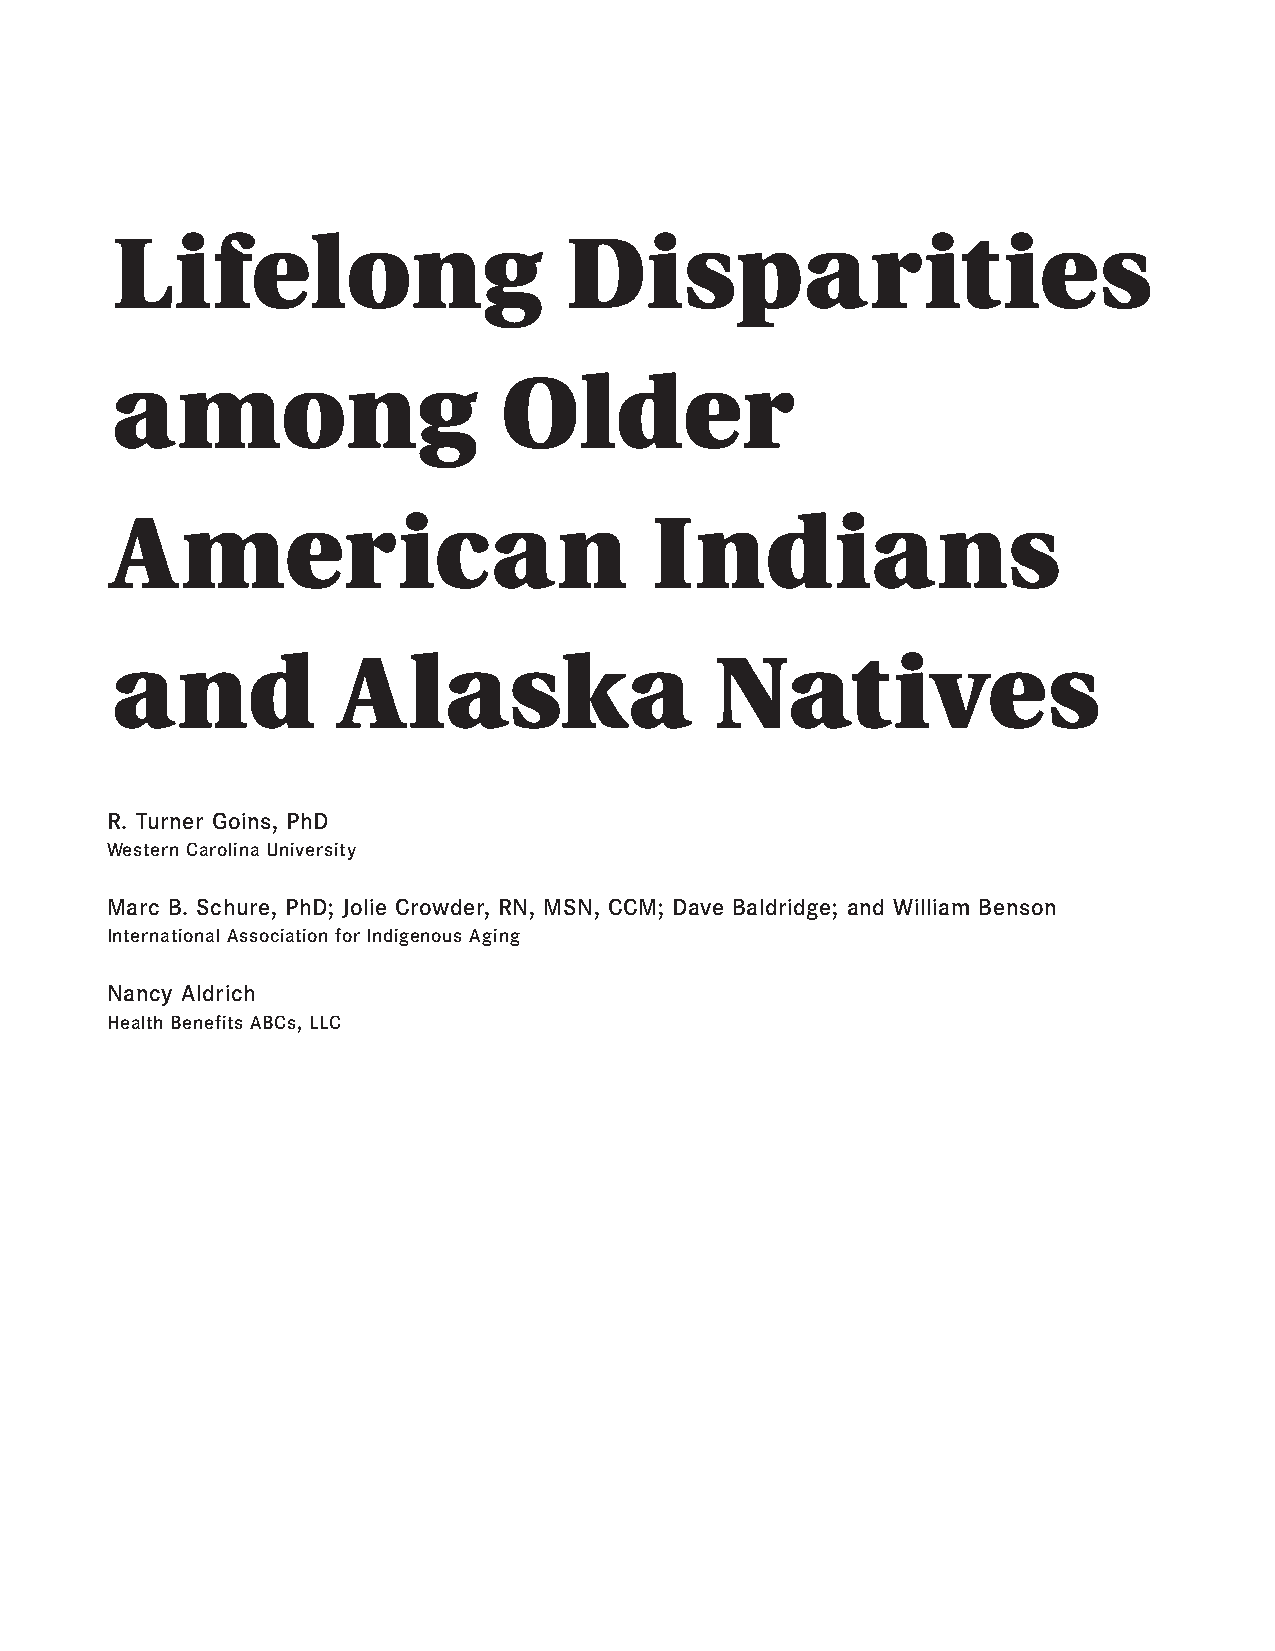
Lifelong                      Disparities
 among                     Older
 American                            Indians
 and            Alaska                   Natives
 R. Turner Goins, PhD
 Western Carolina University
 Marc B. Schure, PhD; Jolie Crowder, RN, MSN, CCM; Dave Baldridge; and William Benson
 International Association for Indigenous Aging
 Nancy Aldrich
 Health Benefits ABCs, LLC